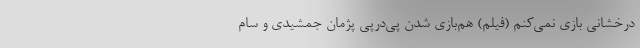
درخشانی بازی نمی‌کنم (فیلم) هم‌بازی شدن پی‌درپی پژمان جمشیدی و سام